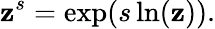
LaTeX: \mathbf{z}^{s}=\exp(s\ln(\mathbf{z})).